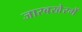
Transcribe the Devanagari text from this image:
जारबखेरमें